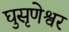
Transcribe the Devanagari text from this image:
घुसृणेश्वर